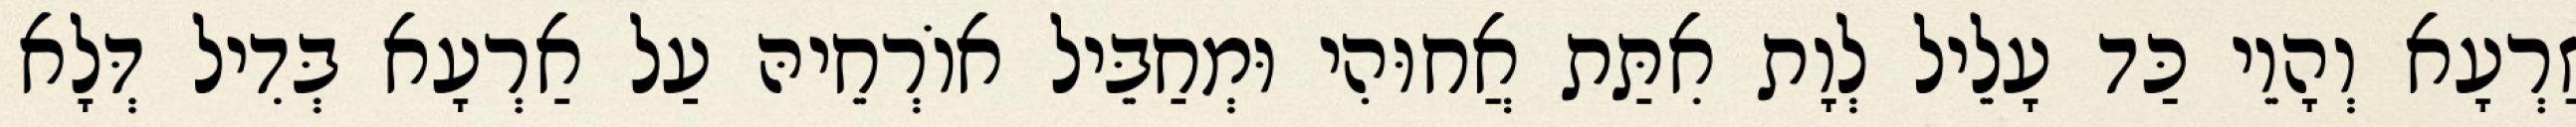
זַרְעָא וְהָוֵי כַּד עָלֵיל לְוָת אִתַּת אֲחוּהִי וּמְחַבֵּיל אוֹרְחֵיהּ עַל אַרְעָא בְּדִיל דְּלָא